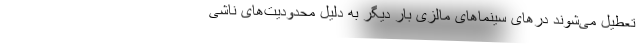
تعطیل می‌شوند درهای سینماهای مالزی‌ بار دیگر به دلیل محدودیت‌های ناشی